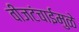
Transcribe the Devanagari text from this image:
वीजटंचाईमुळे